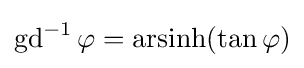
\operatorname {gd} ^{-1}\varphi =\operatorname {arsinh} (\tan \varphi )